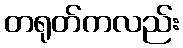
တရုတ်ကလည်း